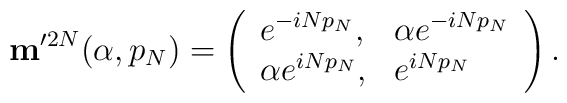
{\mathbf m}'^{2N}(\alpha,p_N)=\left( \begin{array}{ll}                                   e^{-iN p_N}, & \alpha e^{-i N p_N}\\                                   \alpha e^{iN p_N}, & e^{iN p_N}                                    \end{array} \right) .